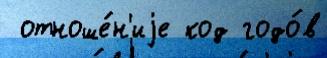
 отноше́н'иjе код годо́в